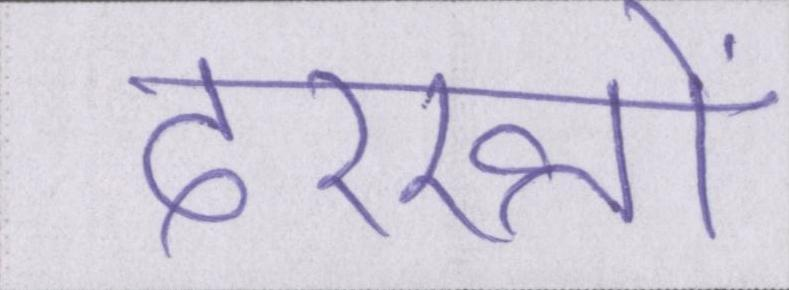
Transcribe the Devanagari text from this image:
दरख्तों